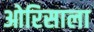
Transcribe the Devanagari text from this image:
ओरिसाला